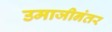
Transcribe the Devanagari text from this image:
उमाजीनंतर